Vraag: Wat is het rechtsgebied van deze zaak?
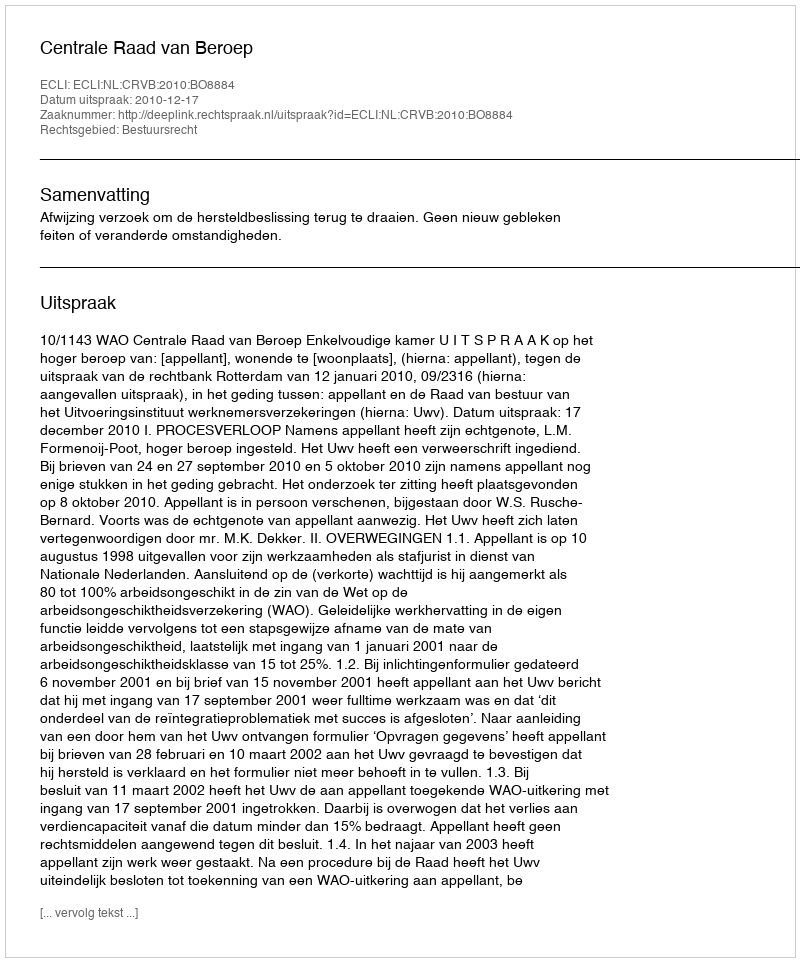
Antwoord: Bestuursrecht